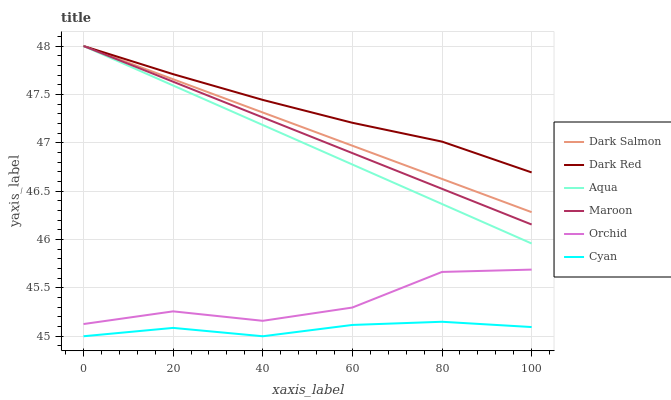
| xaxis_label | Dark Salmon | Dark Red | Aqua | Maroon | Orchid | Cyan |
 | --- | --- | --- | --- | --- | --- | --- |
 | 0 | 48 | 48 | 48 | 48 | 45.1 | 45 |
 | 20 | 47.7 | 47.7 | 47.6 | 47.6 | 45.3 | 45.1 |
 | 40 | 47.3 | 47.4 | 47.2 | 47.3 | 45.2 | 45 |
 | 60 | 47 | 47.2 | 46.8 | 46.9 | 45.3 | 45.1 |
 | 80 | 46.6 | 47 | 46.4 | 46.5 | 45.7 | 45.1 |
 | 100 | 46.3 | 46.7 | 46 | 46.2 | 45.7 | 45.1 |